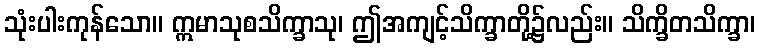
သုံးပါးကုန်သော။ ဣမာသုစသိက္ခာသု၊ ဤအကျင့်သိက္ခာတို့၌လည်း။ သိက္ခိတသိက္ခာ၊